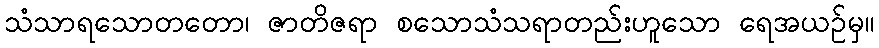
သံသာရသောတတော၊ ဇာတိဇရာ စသောသံသရာတည်းဟူသော ရေအယဉ်မှ။